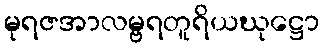
မုရဇအာလမ္ဗရတူရိယဃုဋ္ဌော